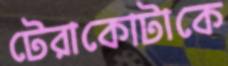
টেরাকোটাকে